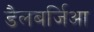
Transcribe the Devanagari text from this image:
डैलबर्जिआ